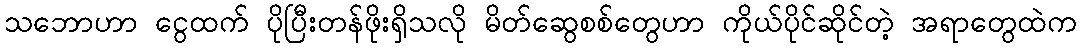
သဘောဟာ ငွေထက် ပိုပြီးတန်ဖိုးရှိသလို မိတ်ဆွေစစ်တွေဟာ ကိုယ်ပိုင်ဆိုင်တဲ့ အရာတွေထဲက